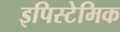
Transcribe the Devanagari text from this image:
इपिस्टेमिक